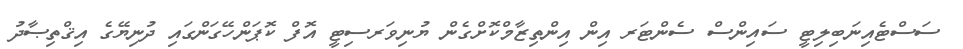
ސަސްޓެއިނަބިލިޓީ ސައިންސް ސެންޓަރ އިން އިންތިޒާމްކޮށްގެން ޔުނިވަރސިޓީ އޮފް ކޮޕަންހޭގަންގައި ދުނިޔޭގެ އިޤްތިޞާދު